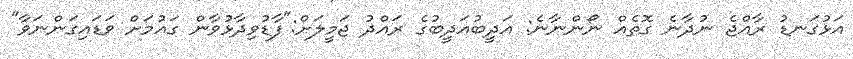
އަޅުގަނޑު ރާއްޖެ ނުދާނެ ގޮތެއް ނޯންނާނެ: އަދީބުއަދީބުގެ ރައްދު ޖަމީލަށް:"ފާޑުވިދާޅުވާން ގައުމަށް ވަޑައިގަންނަވާ"